Insane asylums in Bengal annual reports 1876-1887 - 1876-1887
Year: 1876
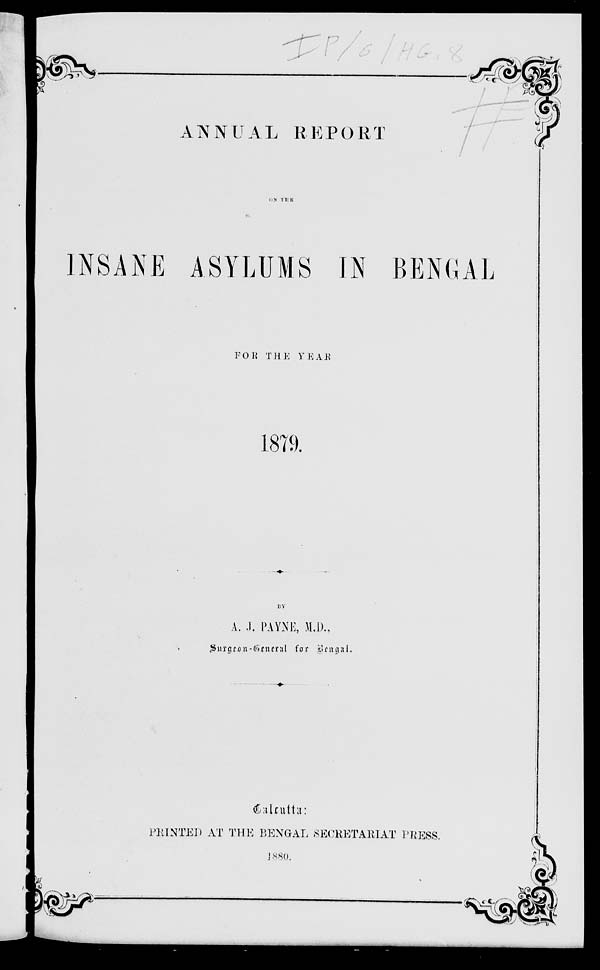
ANNUAL REPORT
ON
THE
INSANE ASYLUMS IN BENGAL
FOR THE YEAR
1879.
BY
A. J. PAYNE, M.D.,
Surgeon-General for Bengal.
Calcutta :
PRINTED AT THE BENGAL SECRETARIAT PRESS.
1880.